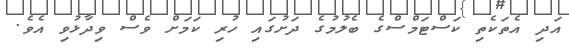
އަދި އެތަކެތި ކަސްޓަމްސްގެ ބެލުމުގެ ދަށުގައި ހުރި ކަމަށް ވެސް ވިދާޅުވި އެވެ.